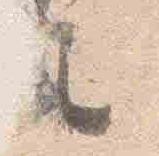
之